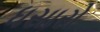
ધસારો